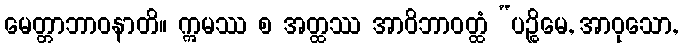
မေတ္တာဘာဝနာတိ။ ဣမဿ စ အတ္ထဿ အာဝိဘာဝတ္ထံ “ပဉ္စိမေ, အာဝုသော,